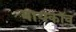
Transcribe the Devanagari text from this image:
बायकॉव